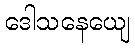
ဒေါသနေယျေ